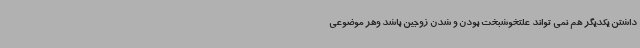
داشتن یکدیگر هم نمی تواند علتخوشبخت بودن و شدن زوجین باشد وهر موضوعی